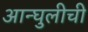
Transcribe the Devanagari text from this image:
आन्घुलीची